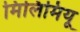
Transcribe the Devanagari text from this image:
मिलिमियू